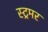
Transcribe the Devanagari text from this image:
स्ट्रमर